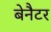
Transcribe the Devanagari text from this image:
बेनैटर